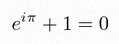
e^{i\pi}+1=0